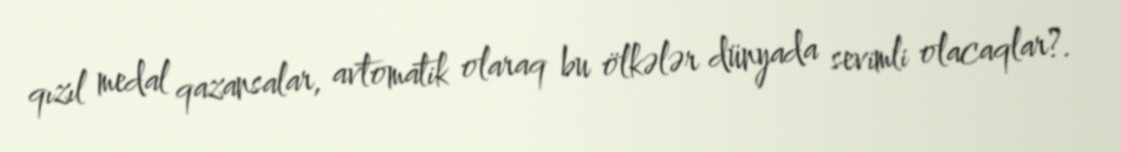
qızıl medal qazansalar, avtomatik olaraq bu ölkələr dünyada sevimli olacaqlar?.